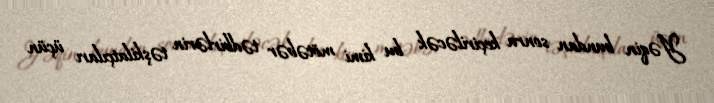
Yəqin bundan sonra keçiriləcək bu kimi mötəbər tədbirlərin təşkilatçıları üçün